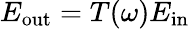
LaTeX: E_{\mathrm{out}}=T(\omega)E_{\mathrm{in}}